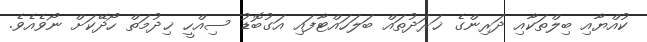
ކުއްޔާއި ބިލްތަކާއި ދަރިންގެ ޚަރަދުތައް ބަލަހައްޓާފައި އަގުބޮޑު ސިއްހީ ޚިދުމަތް ހޯދޭކަށް ނޯވެއެވެ.